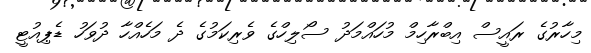
މިހާރުގެ ރައީސް އިބްރާހިމް މުހައްމަދު ސޯލިހްގެ ވެރިކަމުގެ ދެ މަހެއްހާ ދުވަހު ޑެޕިއުޓީ